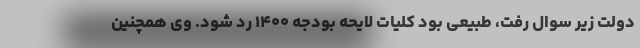
دولت زیر سوال رفت، طبیعی بود کلیات لایحه بودجه ۱۴۰۰ رد شود. وی همچنین